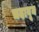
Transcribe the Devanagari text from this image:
चदावून